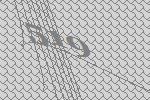
519